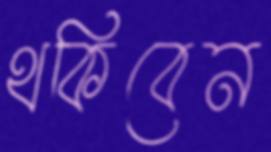
থকিবেন